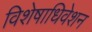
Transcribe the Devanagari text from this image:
विशेषाधिवेशन